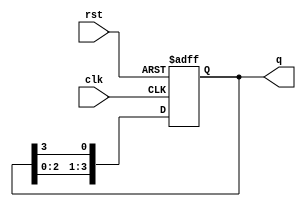
module ring_counter (
    input wire clk,        // Clock input
    input wire rst,        // Reset input
    output reg [3:0] q     // 4-bit output representing the current state
);

    // Initial state of the ring counter
    initial begin
        q = 4'b1000; // Start with the state '1000'
    end

    // Always block triggered on the rising edge of the clock or reset
    always @(posedge clk or posedge rst) begin
        if (rst) begin
            // Reset the counter to initial state
            q <= 4'b1000; // Reset to '1000'
        end else begin
            // Shift the ring counter state
            q <= {q[2:0], q[3]}; // Shift left and wrap around
        end
    end

endmodule